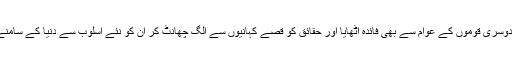
انہوں نے دوسری قوموں کے عوام سے بھی فائدہ اٹھایا اور حقائق کو قصے کہانیوں سے الگ چھانٹ کر ان کو نئے اسلوب سے دنیا کے سامنے پیش کیا۔